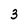
Character: 3